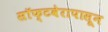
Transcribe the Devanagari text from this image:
सॉफ्टवेरापासून